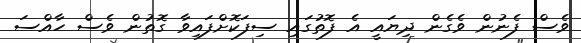
ވެސް ފެނުން ވެގެން ދިޔައީ އެ ފޮތުގައި ސިފަކޮށްފައިވާ ގޮތުން ވެސް ހާއްސަ